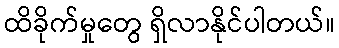
ထိခိုက်မှုတွေ ရှိလာနိုင်ပါတယ်။